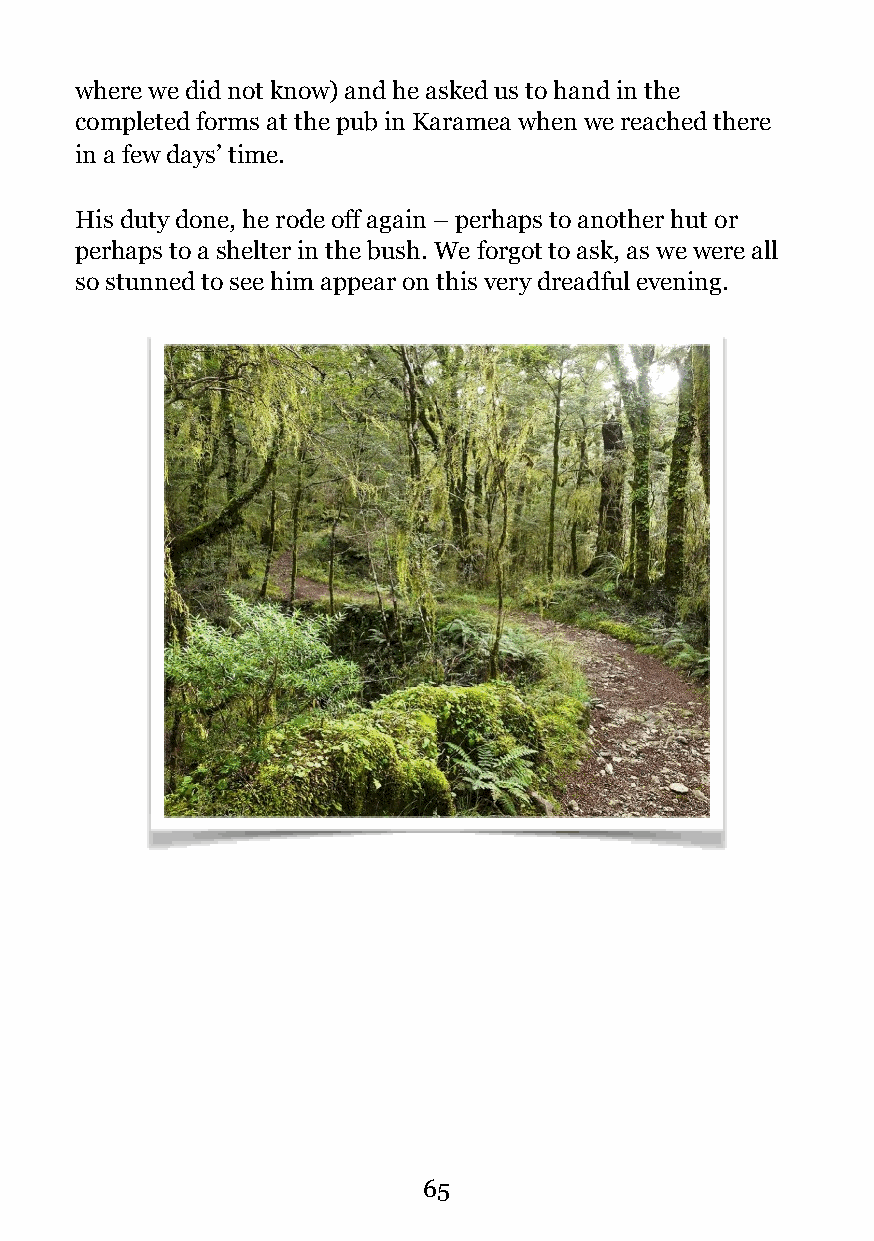
where we did not know) and he asked us to hand in the
 completed forms at the pub in Karamea when we reached there
 in a few days’ time.
 His duty done, he rode off again – perhaps to another hut or
 perhaps to a shelter in the bush. We forgot to ask, as we were all
 so stunned to see him appear on this very dreadful evening.
 !
 !65